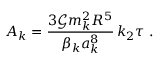
A _ { k } = \frac { 3 \mathcal { G } m _ { k } ^ { 2 } R ^ { 5 } } { \beta _ { k } a _ { k } ^ { 8 } } \, k _ { 2 } \tau \ .